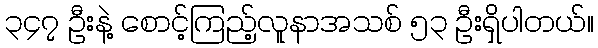
၃၄၇ ဦးနဲ့ စောင့်ကြည့်လူနာအသစ် ၅၃ ဦးရှိပါတယ်။